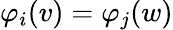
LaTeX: \varphi_{i}(v)=\varphi_{j}(w)